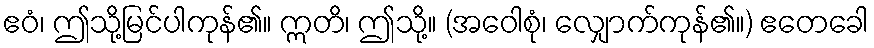
ဧဝံ၊ ဤသို့မြင်ပါကုန်၏။ ဣတိ၊ ဤသို့။ (အဝေါစုံ၊ လျှောက်ကုန်၏။) ဧတေခေါ